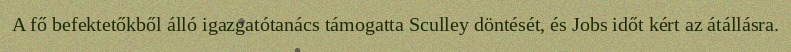
A fő befektetőkből álló igazgatótanács támogatta Sculley döntését, és Jobs időt kért az átállásra.